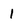
Character: 1